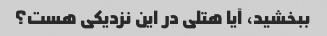
ببخشید، آیا هتلی در این نزدیکی هست؟